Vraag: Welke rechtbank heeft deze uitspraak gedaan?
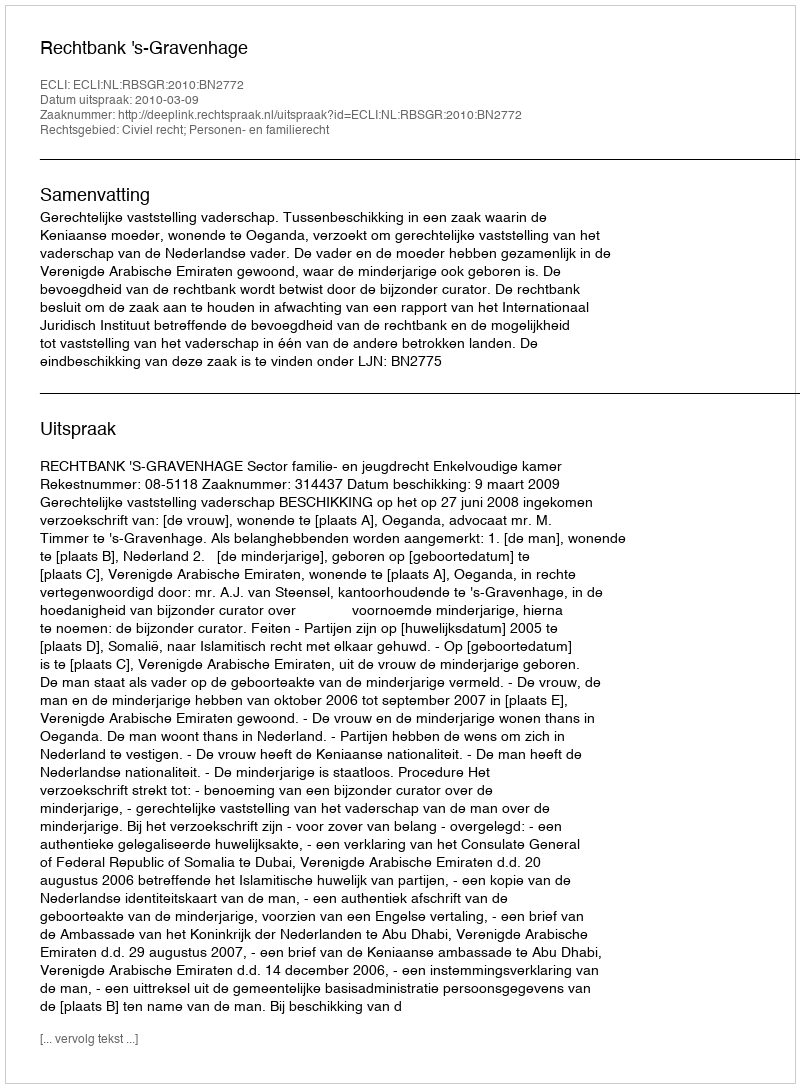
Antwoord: Rechtbank 's-Gravenhage